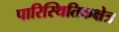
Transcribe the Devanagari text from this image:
पारिस्थितिकक्षेत्र